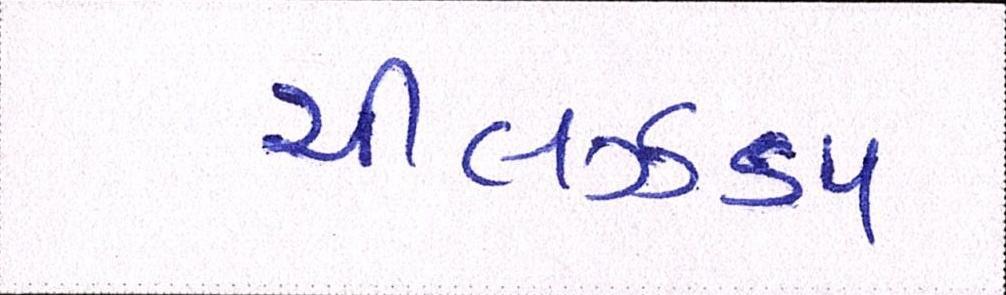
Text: ચીલઝડપ